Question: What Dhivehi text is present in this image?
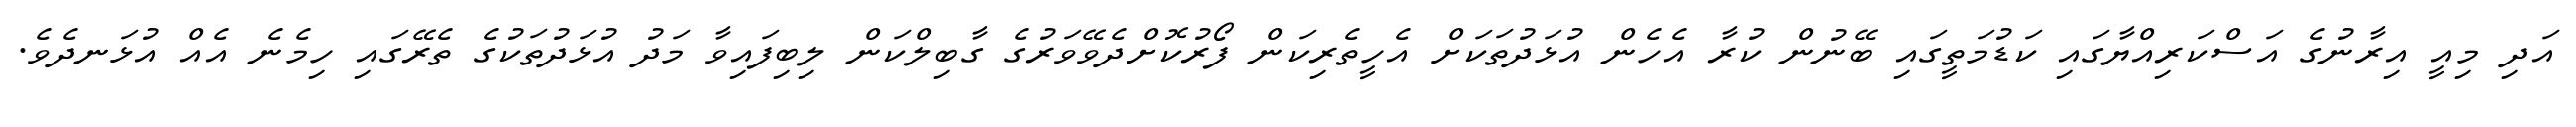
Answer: އަދި މިއީ އިރާނުގެ އަސްކަރިއްޔާގައި ކަޑުމަތީގައި ބޭނުން ކުރާ އެހެން އުޅަދުތަކަށް އެހީތެރިކަން ފޯރުކޮށްދެވޭވަރުގެ ގާބިލްކަން ލިބިފައިވާ މަދު އުޅަދުތަކުގެ ތެރޭގައި ހިމެނެ އެއް އުޅަނދެވެ.